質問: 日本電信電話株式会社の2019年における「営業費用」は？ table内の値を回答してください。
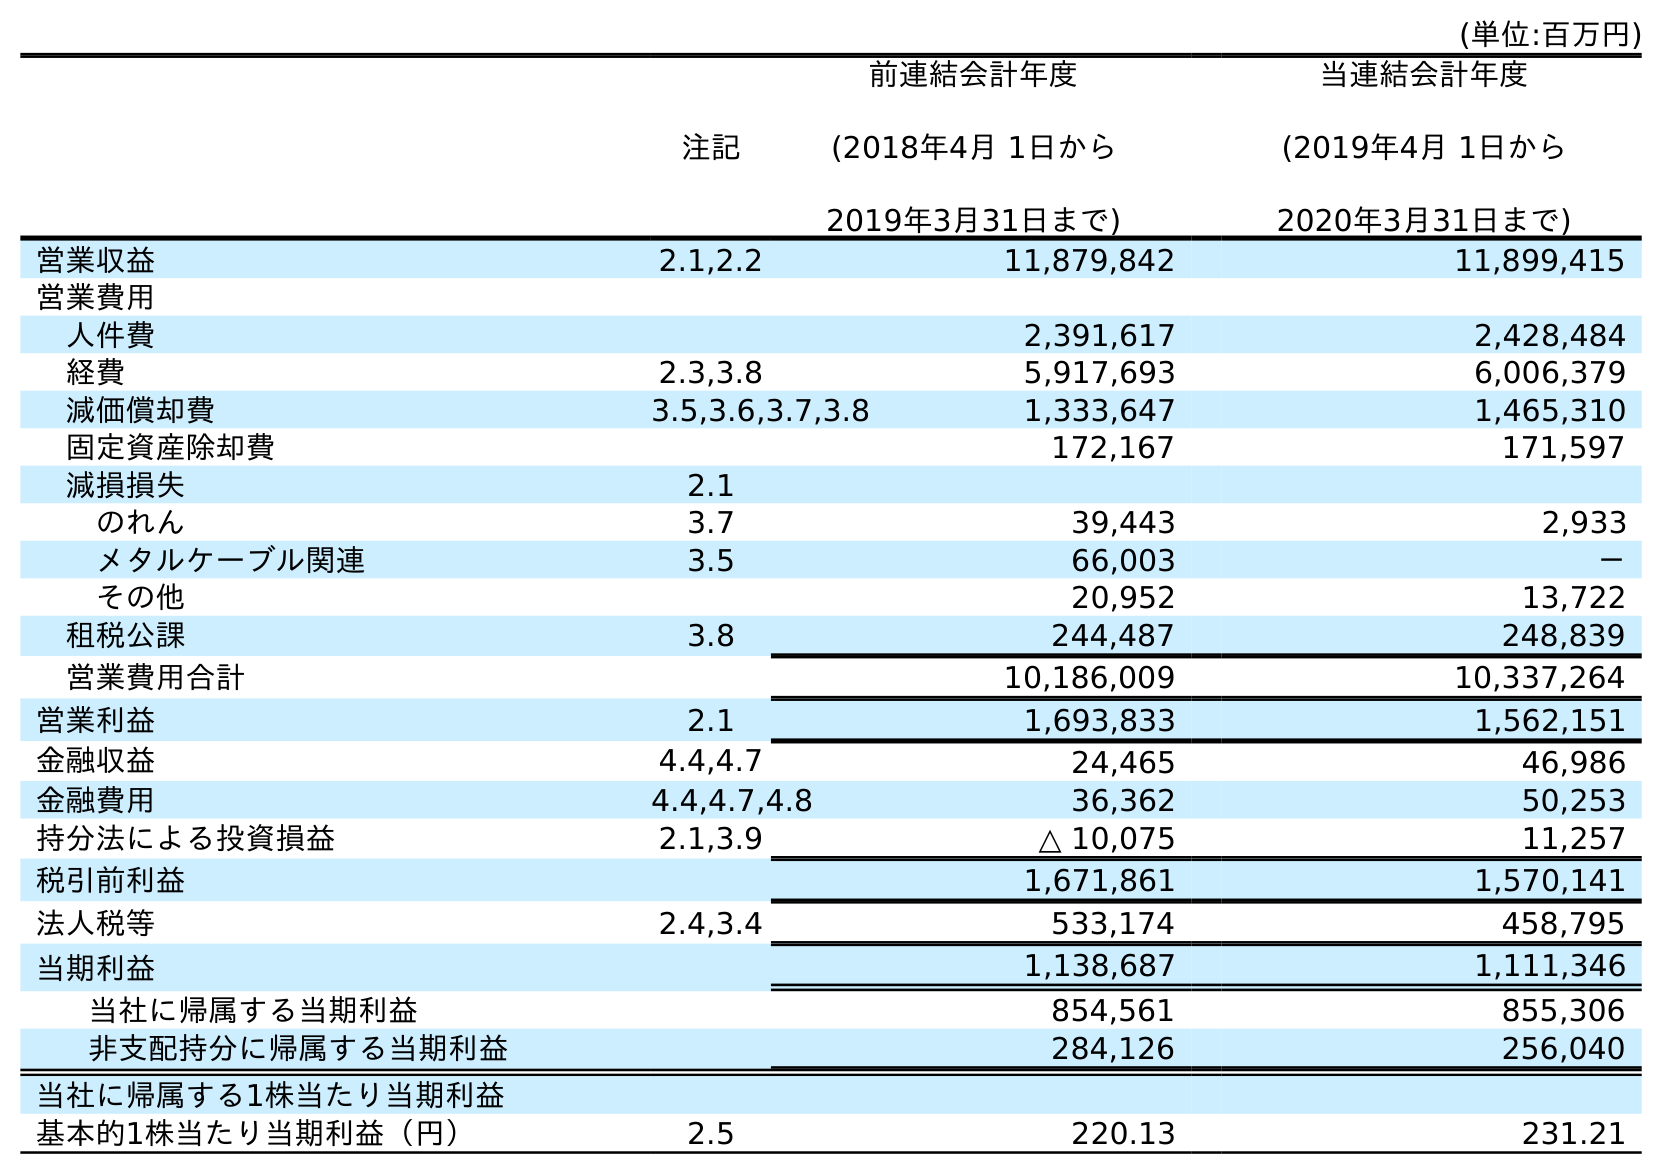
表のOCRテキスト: (単位:百万円) 注記 前連結会計年度 (2018年4月 1日から 2019年3月31日まで) 当連結会計年度 (2019年4月 1日から 2020年3月31日まで) 営業収益 2.1,2.2 11,879,842 11,899,415 営業費用 人件費 2,391,617 2,428,484 経費 2.3,3.8 5,917,693 6,006,379 減価償却費 3.5,3.6,3.7,3.8 1,333,647 1,465,310 固定資産除却費 172,167 171,597 減損損失 2.1 のれん 3.7 39,443 2,933 メタルケーブル関連 3.5 66,003 － その他 20,952 13,722 租税公課 3.8 244,487 248,839 営業費用合計 10,186,009 10,337,264 営業利益 2.1 1,693,833 1,562,151 金融収益 4.4,4.7 24,465 46,986 金融費用 4.4,4.7,4.8 36,362 50,253 持分法による投資損益 2.1,3.9 △ 10,075 11,257 税引前利益 1,671,861 1,570,141 法人税等 2.4,3.4 533,174 458,795 当期利益 1,138,687 1,111,346 当社に帰属する当期利益 854,561 855,306 非支配持分に帰属する当期利益 284,126 256,040 当社に帰属する1株当たり当期利益 基本的1株当たり当期利益（円） 2.5 220.13 231.21
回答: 10,186,009